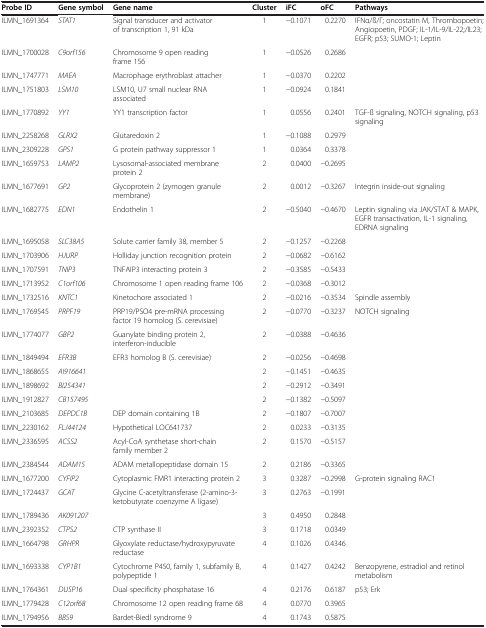
<table><thead><tr><td><b>Probe ID</b></td><td><b>Gene symbol</b></td><td><b>Gene name</b></td><td><b>Cluster</b></td><td><b>iFC</b></td><td><b>oFC</b></td><td><b>Pathways</b></td></tr></thead><tbody><tr><td>ILMN_1691364</td><td><i>STAT1</i></td><td>Signal transducer and activator of transcription 1, 91 kDa</td><td>1</td><td>−0.1071</td><td>0.2270</td><td>IFNα/ß/Γ; oncostatin M, Thrombopoetin; Angiopoetin, PDGF; IL-1/IL-9/IL-22;/IL23; EGFR; p53; SUMO-1; Leptin</td></tr><tr><td>ILMN_1700028</td><td><i>C9orf156</i></td><td>Chromosome 9 open reading frame 156</td><td>1</td><td>−0.0526</td><td>0.2686</td><td> </td></tr><tr><td>ILMN_1747771</td><td><i>MAEA</i></td><td>Macrophage erythroblast attacher</td><td>1</td><td>−0.0370</td><td>0.2202</td><td> </td></tr><tr><td>ILMN_1751803</td><td><i>LSM10</i></td><td>LSM10, U7 small nuclear RNA associated</td><td>1</td><td>−0.0924</td><td>0.1841</td><td> </td></tr><tr><td>ILMN_1770892</td><td><i>YY1</i></td><td>YY1 transcription factor</td><td>1</td><td>0.0556</td><td>0.2401</td><td>TGF-ß signaling, NOTCH signaling, p53 signaling</td></tr><tr><td>ILMN_2258268</td><td><i>GLRX2</i></td><td>Glutaredoxin 2</td><td>1</td><td>−0.1088</td><td>0.2979</td><td> </td></tr><tr><td>ILMN_2309228</td><td><i>GPS1</i></td><td>G protein pathway suppressor 1</td><td>1</td><td>0.0364</td><td>0.3378</td><td> </td></tr><tr><td>ILMN_1659753</td><td><i>LAMP2</i></td><td>Lysosomal-associated membrane protein 2</td><td>2</td><td>0.0400</td><td>−0.2695</td><td> </td></tr><tr><td>ILMN_1677691</td><td><i>GP2</i></td><td>Glycoprotein 2 (zymogen granule membrane)</td><td>2</td><td>0.0012</td><td>−0.3267</td><td>Integrin inside-out signaling</td></tr><tr><td>ILMN_1682775</td><td><i>EDN1</i></td><td>Endothelin 1</td><td>2</td><td>−0.5040</td><td>−0.4670</td><td>Leptin signaling via JAK/STAT &amp; MAPK, EGFR transactivation, IL-1 signaling, EDRNA signaling</td></tr><tr><td>ILMN_1695058</td><td><i>SLC38A5</i></td><td>Solute carrier family 38, member 5</td><td>2</td><td>−0.1257</td><td>−0.2268</td><td> </td></tr><tr><td>ILMN_1703906</td><td><i>HJURP</i></td><td>Holliday junction recognition protein</td><td>2</td><td>−0.0682</td><td>−0.6162</td><td> </td></tr><tr><td>ILMN_1707591</td><td><i>TNIP3</i></td><td>TNFAIP3 interacting protein 3</td><td>2</td><td>−0.3585</td><td>−0.5433</td><td> </td></tr><tr><td>ILMN_1713952</td><td><i>C1orf106</i></td><td>Chromosome 1 open reading frame 106</td><td>2</td><td>−0.0368</td><td>−0.3012</td><td> </td></tr><tr><td>ILMN_1732516</td><td><i>KNTC1</i></td><td>Kinetochore associated 1</td><td>2</td><td>−0.0216</td><td>−0.3534</td><td>Spindle assembly</td></tr><tr><td>ILMN_1769545</td><td><i>PRPF19</i></td><td>PRP19/PSO4 pre-mRNA processing factor 19 homolog (S. cerevisiae)</td><td>2</td><td>−0.0770</td><td>−0.3237</td><td>NOTCH signaling</td></tr><tr><td>ILMN_1774077</td><td><i>GBP2</i></td><td>Guanylate binding protein 2, interferon-inducible</td><td>2</td><td>−0.0388</td><td>−0.4636</td><td> </td></tr><tr><td>ILMN_1849494</td><td><i>EFR3B</i></td><td>EFR3 homolog B (S. cerevisiae)</td><td>2</td><td>−0.0256</td><td>−0.4698</td><td> </td></tr><tr><td>ILMN_1868655</td><td><i>AI916641</i></td><td> </td><td>2</td><td>−0.1451</td><td>−0.4635</td><td> </td></tr><tr><td>ILMN_1898692</td><td><i>BI254341</i></td><td> </td><td>2</td><td>−0.2912</td><td>−0.3491</td><td> </td></tr><tr><td>ILMN_1912827</td><td><i>CB157495</i></td><td> </td><td>2</td><td>−0.1382</td><td>−0.5097</td><td> </td></tr><tr><td>ILMN_2103685</td><td><i>DEPDC1B</i></td><td>DEP domain containing 1B</td><td>2</td><td>−0.1807</td><td>−0.7007</td><td> </td></tr><tr><td>ILMN_2230162</td><td><i>FLJ44124</i></td><td>Hypothetical LOC641737</td><td>2</td><td>0.0233</td><td>−0.3135</td><td> </td></tr><tr><td>ILMN_2336595</td><td><i>ACSS2</i></td><td>Acyl-CoA synthetase short-chain family member 2</td><td>2</td><td>0.1570</td><td>−0.5157</td><td> </td></tr><tr><td>ILMN_2384544</td><td><i>ADAM15</i></td><td>ADAM metallopeptidase domain 15</td><td>2</td><td>0.2186</td><td>−0.3365</td><td> </td></tr><tr><td>ILMN_1677200</td><td><i>CYFIP2</i></td><td>Cytoplasmic FMR1 interacting protein 2</td><td>3</td><td>0.3287</td><td>−0.2998</td><td>G-protein signaling RAC1</td></tr><tr><td>ILMN_1724437</td><td><i>GCAT</i></td><td>Glycine C-acetyltransferase (2-amino-3- ketobutyrate coenzyme A ligase)</td><td>3</td><td>0.2763</td><td>−0.1991</td><td> </td></tr><tr><td>ILMN_1789436</td><td><i>AK091207</i></td><td> </td><td>3</td><td>0.4950</td><td>0.2848</td><td> </td></tr><tr><td>ILMN_2392352</td><td><i>CTPS2</i></td><td>CTP synthase II</td><td>3</td><td>0.1718</td><td>0.0349</td><td> </td></tr><tr><td>ILMN_1664798</td><td><i>GRHPR</i></td><td>Glyoxylate reductase/hydroxypyruvate reductase</td><td>4</td><td>0.1026</td><td>0.4346</td><td> </td></tr><tr><td>ILMN_1693338</td><td><i>CYP1B1</i></td><td>Cytochrome P450, family 1, subfamily B, polypeptide 1</td><td>4</td><td>0.1427</td><td>0.4242</td><td>Benzopyrene, estradiol and retinol metabolism</td></tr><tr><td>ILMN_1764361</td><td><i>DUSP16</i></td><td>Dual specificity phosphatase 16</td><td>4</td><td>0.2176</td><td>0.6187</td><td>p53; Erk</td></tr><tr><td>ILMN_1779428</td><td><i>C12orf68</i></td><td>Chromosome 12 open reading frame 68</td><td>4</td><td>0.0770</td><td>0.3965</td><td> </td></tr><tr><td>ILMN_1794956</td><td><i>BBS9</i></td><td>Bardet-Biedl syndrome 9</td><td>4</td><td>0.1743</td><td>0.5875</td><td> </td></tr></tbody></table>